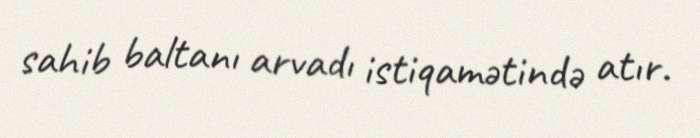
sahib baltanı arvadı istiqamətində atır.